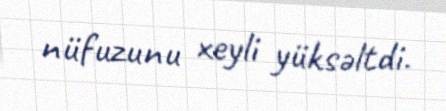
nüfuzunu xeyli yüksəltdi.